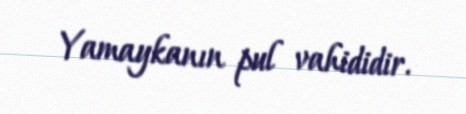
Yamaykanın pul vahididir.